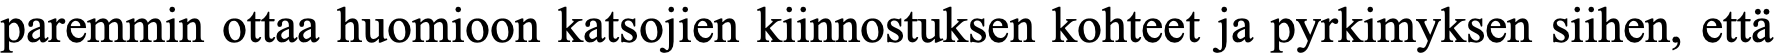
paremmin ottaa huomioon katsojien kiinnostuksen kohteet ja pyrkimyksen siihen, että